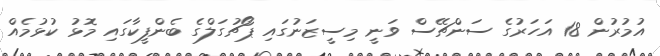
އުމުރުން 18 އަހަރުގެ ސަންޗޭސް ވަނީ މިސީޒަނުގައި ޕޯޗުގަލްގެ ބެންފީކާގައި މޮޅު ކުޅުމެއް